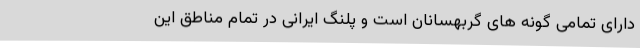
دارای تمامی گونه های گربهسانان است و پلنگ ایرانی در تمام مناطق این